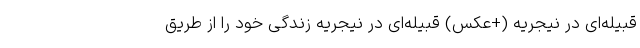
قبیله‌ای در نیجریه (+عکس) قبیله‌ای در نیجریه زندگی خود را از طریق